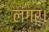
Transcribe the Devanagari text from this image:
लंगर।